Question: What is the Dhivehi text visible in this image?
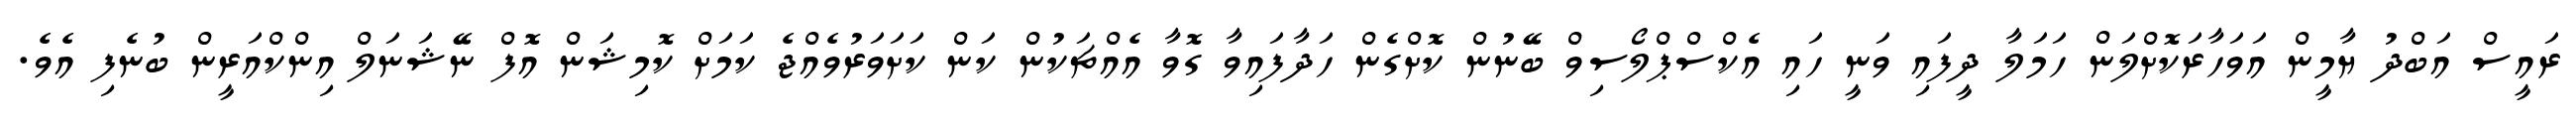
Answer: ރައީސް އަބްދު ޔާމީން އަވަހާރަކޮށްލަން ހަމަލާ ދީފައި ވަނީ ހައި އެކްސްޕްލޯސިވް ބޭނުން ކޮށްގެން ހަދާފައިވާ ގޮވާ އެއްޗަކުން ކަން ކަށަވަރުވެއްޖެ ކަމަށް ކޮމިޝަން އޮފް ނޭޝަނަލް އިންކްއަރީން ބުނެފި އެވެ.